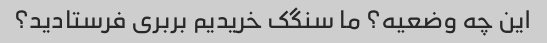
این چه وضعیه؟ ما سنگک خریدیم بربری فرستادید؟